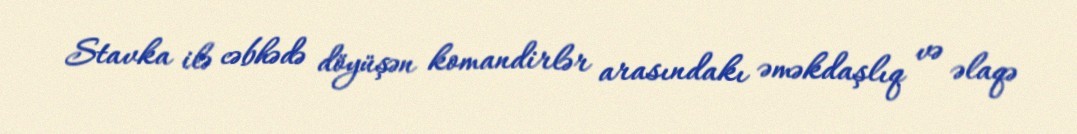
Stavka ilə cəbhədə döyüşən komandirlər arasındakı əməkdaşlıq və əlaqə